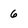
Character: 6